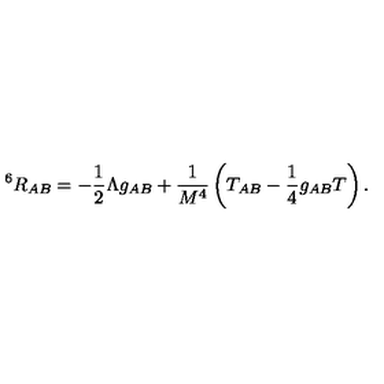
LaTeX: ^ 6 R _ { A B } = - \frac { 1 } { 2 } \Lambda g _ { A B } + \frac { 1 } { M ^ { 4 } } \left( T _ { A B } - \frac { 1 } { 4 } g _ { A B } T \right) .